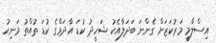
އިސްލާމީ މަރުކަޒަށް ގެންނަ ބަދަލާއެކު ޝަހީދު ކުޑަ އާދަމްގެ ކުޑަ ތުއްތު މަނިކު